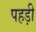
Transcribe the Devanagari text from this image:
पहड़ी